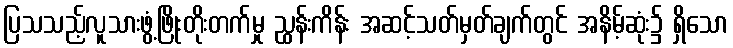
ပြသသည့်လူသားဖွံ့ဖြိုးတိုးတက်မှု ညွှန်းကိန်း အဆင့်သတ်မှတ်ချက်တွင် အနိမ့်ဆုံး၌ ရှိသော